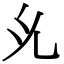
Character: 𭀗